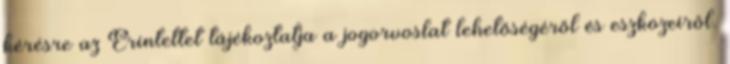
kérésre az Érintettet tájékoztatja a jogorvoslat lehetőségéről és eszközeiről.